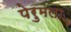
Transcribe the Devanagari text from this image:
पेरुमला